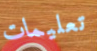
تعليمات